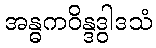
အန္ဓကဝိန္ဒဒွါဒသံ